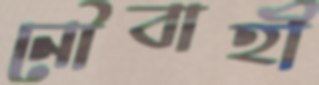
নৌবাহী